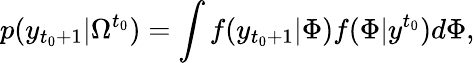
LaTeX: p(y_{t_{0}+1}|\Omega^{t_{0}})=\int f(y_{t_{0}+1}|\Phi)f(\Phi|y^{t_{0}})d\Phi,